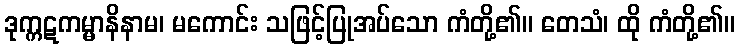
ဒုက္ကဋကမ္မာနိနာမ၊ မကောင်း သဖြင့်ပြုအပ်သော ကံတို့၏။ တေသံ၊ ထို ကံတို့၏။